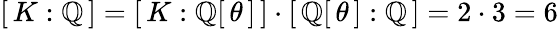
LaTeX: [\, K:\mathbb{Q}\, ]=[\, K:\mathbb{Q}[\, \theta\, ]\, ]\cdot[\, \mathbb{Q}[\, \theta\, ]:\mathbb{Q}\, ]=2\cdot 3=6